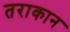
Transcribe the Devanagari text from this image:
तराकान